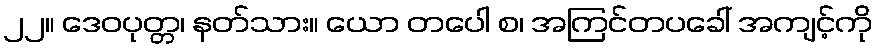
၂၂။ ဒေဝပုတ္တ၊ နတ်သား။ ယော တပေါ စ၊ အကြင်တပခေါ် အကျင့်ကို